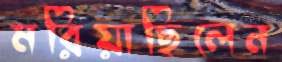
মরিয়াছিলেন